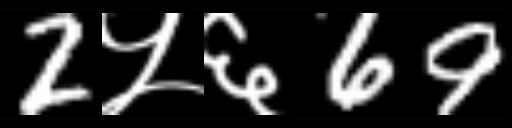
Text: 2५६69